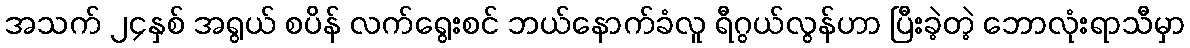
အသက် ၂၄နှစ် အရွယ် စပိန် လက်ရွေးစင် ဘယ်နောက်ခံလူ ရီဂွယ်လွန်ဟာ ပြီးခဲ့တဲ့ ဘောလုံးရာသီမှာ